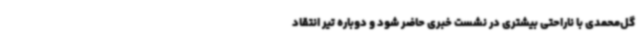
گل‌محمدی با ناراحتی بیشتری در نشست خبری حاضر شود و دوباره تیر انتقاد